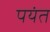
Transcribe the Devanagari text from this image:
पयंत